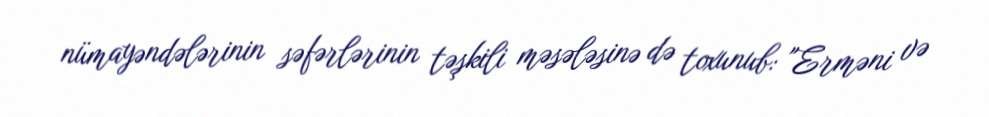
nümayəndələrinin səfərlərinin təşkili məsələsinə də toxunub: "Erməni və